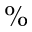
\%